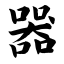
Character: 器